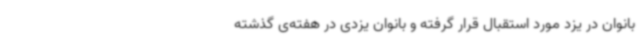
بانوان در یزد مورد استقبال قرار گرفته و بانوان یزدی در هفته‌ی گذشته